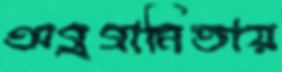
অগ্রগামিতায়